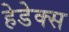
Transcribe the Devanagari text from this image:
हेडेक्स